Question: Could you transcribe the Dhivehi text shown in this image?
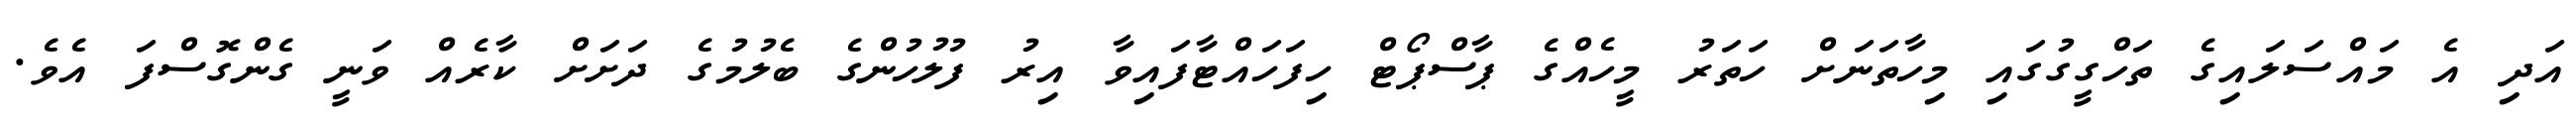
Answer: އަދި އެ މައްސަލައިގެ ތަހްގީގުގައި މިހާތަނަށް ހަތަރު މީހެއްގެ ޕާސްޕޯޓް ހިފަހައްޓާފައިވާ އިރު ފުލުހުންގެ ބެލުމުގެ ދަށަށް ކާރެއް ވަނީ ގެންގޮސްފަ އެވެ.